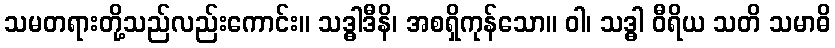
သမတရားတို့သည်လည်းကောင်း။ သဒ္ဓါဒီနိ၊ အစရှိကုန်သော။ ဝါ၊ သဒ္ဓါ ဝီရိယ သတိ သမာဓိ